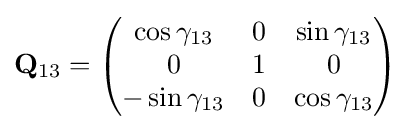
\mathbf {Q} _{13}={\begin{pmatrix}\cos \gamma _{13}&0&\sin \gamma _{13}\\0&1&0\\-\sin \gamma _{13}&0&\cos \gamma _{13}\end{pmatrix}}